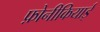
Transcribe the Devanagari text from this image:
फ़ोनीकियाई